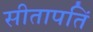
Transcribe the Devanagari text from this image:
सीतापतिं